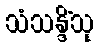
သံသန္ဒိံသု